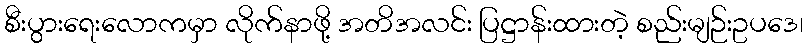
စီးပွားရေးလောကမှာ လိုက်နာဖို့ အတိအလင်း ပြဋ္ဌာန်းထားတဲ့ စည်းမျဉ်းဥပဒေ၊